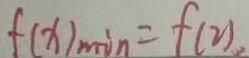
f ( x ) _ { \min } = f ( 2 )